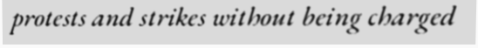
protests and strikes without being charged